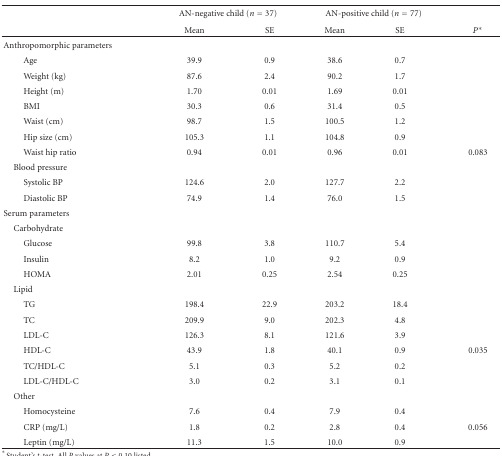
<table><thead><tr><td></td><td colspan="2"><b>AN-negative child (<i>n</i> = 37)</b></td><td colspan="2"><b>AN-positive child (<i>n</i> = 77)</b></td><td></td></tr><tr><td></td><td><b>Mean</b></td><td><b>SE</b></td><td><b>Mean</b></td><td><b>SE</b></td><td><b><i>P</i>*</b></td></tr></thead><tbody><tr><td>Anthropomorphic parameters</td><td></td><td></td><td></td><td></td><td></td></tr><tr><td>Age</td><td>39.9</td><td>0.9</td><td>38.6</td><td>0.7</td><td></td></tr><tr><td>Weight (kg)</td><td>87.6</td><td>2.4</td><td>90.2</td><td>1.7</td><td></td></tr><tr><td>Height (m)</td><td>1.70</td><td>0.01</td><td>1.69</td><td>0.01</td><td></td></tr><tr><td>BMI</td><td>30.3</td><td>0.6</td><td>31.4</td><td>0.5</td><td></td></tr><tr><td>Waist (cm)</td><td>98.7</td><td>1.5</td><td>100.5</td><td>1.2</td><td></td></tr><tr><td>Hip size (cm)</td><td>105.3</td><td>1.1</td><td>104.8</td><td>0.9</td><td></td></tr><tr><td>Waist hip ratio</td><td>0.94</td><td>0.01</td><td>0.96</td><td>0.01</td><td>0.083</td></tr><tr><td> Blood pressure</td><td></td><td></td><td></td><td></td><td></td></tr><tr><td>Systolic BP</td><td>124.6</td><td>2.0</td><td>127.7</td><td>2.2</td><td></td></tr><tr><td>Diastolic BP</td><td>74.9</td><td>1.4</td><td>76.0</td><td>1.5</td><td></td></tr><tr><td>Serum parameters</td><td></td><td></td><td></td><td></td><td></td></tr><tr><td> Carbohydrate</td><td></td><td></td><td></td><td></td><td></td></tr><tr><td>Glucose</td><td>99.8</td><td>3.8</td><td>110.7</td><td>5.4</td><td></td></tr><tr><td>Insulin</td><td>8.2</td><td>1.0</td><td>9.2</td><td>0.9</td><td></td></tr><tr><td>HOMA</td><td>2.01</td><td>0.25</td><td>2.54</td><td>0.25</td><td></td></tr><tr><td> Lipid</td><td></td><td></td><td></td><td></td><td></td></tr><tr><td>TG</td><td>198.4</td><td>22.9</td><td>203.2</td><td>18.4</td><td></td></tr><tr><td>TC</td><td>209.9</td><td>9.0</td><td>202.3</td><td>4.8</td><td></td></tr><tr><td>LDL-C</td><td>126.3</td><td>8.1</td><td>121.6</td><td>3.9</td><td></td></tr><tr><td>HDL-C</td><td>43.9</td><td>1.8</td><td>40.1</td><td>0.9</td><td>0.035</td></tr><tr><td>TC/HDL-C</td><td>5.1</td><td>0.3</td><td>5.2</td><td>0.2</td><td></td></tr><tr><td>LDL-C/HDL-C</td><td>3.0</td><td>0.2</td><td>3.1</td><td>0.1</td><td></td></tr><tr><td> Other</td><td></td><td></td><td></td><td></td><td></td></tr><tr><td>Homocysteine</td><td>7.6</td><td>0.4</td><td>7.9</td><td>0.4</td><td></td></tr><tr><td>CRP (mg/L)</td><td>1.8</td><td>0.2</td><td>2.8</td><td>0.4</td><td>0.056</td></tr><tr><td>Leptin (mg/L)</td><td>11.3</td><td>1.5</td><td>10.0</td><td>0.9</td><td></td></tr></tbody></table>